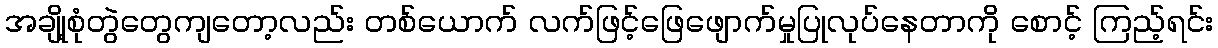
အချို့စုံတွဲတွေကျတော့လည်း တစ်ယောက် လက်ဖြင့်ဖြေဖျောက်မှုပြုလုပ်နေတာကို စောင့် ကြည့်ရင်း